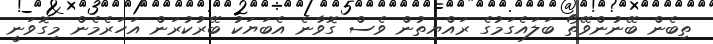
ތިބެން ބޭނުންވޭތޯ ބަލައެގަމުގެ ރައްޔިތުން ވެސް ގޮވާނެ އެބަޔަކު ބޭރުކުރަން އަހަރެމެން މިގޮވަނީ